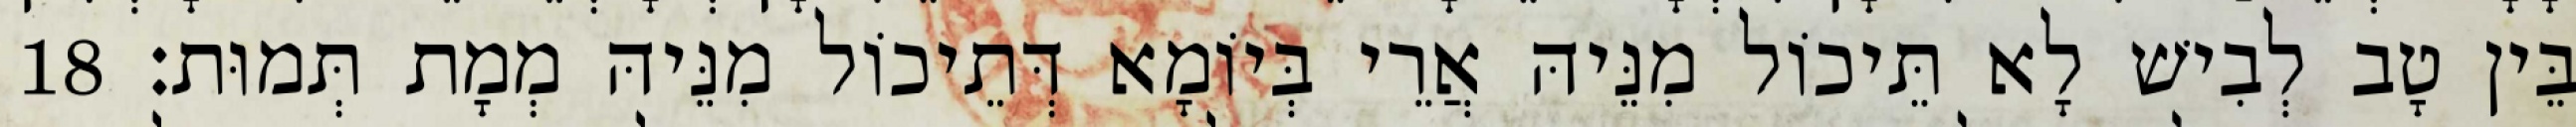
בֵּין טָב לְבִישׁ לָא תֵּיכוֹל מִנֵּיהּ אֲרֵי בְּיוֹמָא דְּתֵיכוֹל מִנֵּיהּ מְמָת תְּמוּת׃ 18